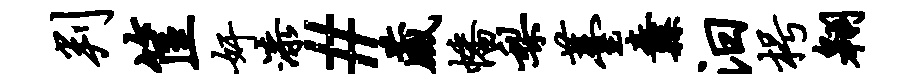
判筐奸漆#藏幡梨薹纛汨枵翱